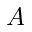
A